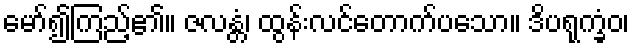
မော်၍ကြည့်၏။ ဇလန္တံ၊ ထွန်းလင်တောက်ပသော။ ဒိပရုက္ခံဝ၊